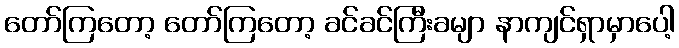
တော်ကြတော့ တော်ကြတော့ ခင်ခင်ကြီးခမျာ နာကျင်ရှာမှာပေါ့